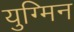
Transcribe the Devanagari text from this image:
युग्मिन